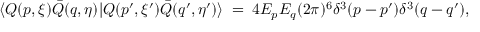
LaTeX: \langle Q ( p , \xi ) \bar { Q } ( q , \eta ) | Q ( p ^ { \prime } , \xi ^ { \prime } ) \bar { Q } ( q ^ { \prime } , \eta ^ { \prime } ) \rangle \; = \; 4 E _ { p } E _ { q } ( 2 \pi ) ^ { 6 } \delta ^ { 3 } ( p - p ^ { \prime } ) \delta ^ { 3 } ( q - q ^ { \prime } ) ,